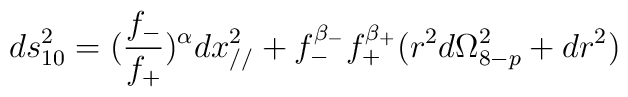
ds^2_{10}=(\frac{f_-}{f_+})^{\alpha}dx_{//}^2 + f_-^{\beta_-}f_+^{\beta_+}(r^2d\Omega^2_{8-p}+dr^2)